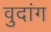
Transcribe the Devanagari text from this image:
वुदांग